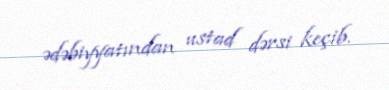
ədəbiyyatından ustad dərsi keçib.